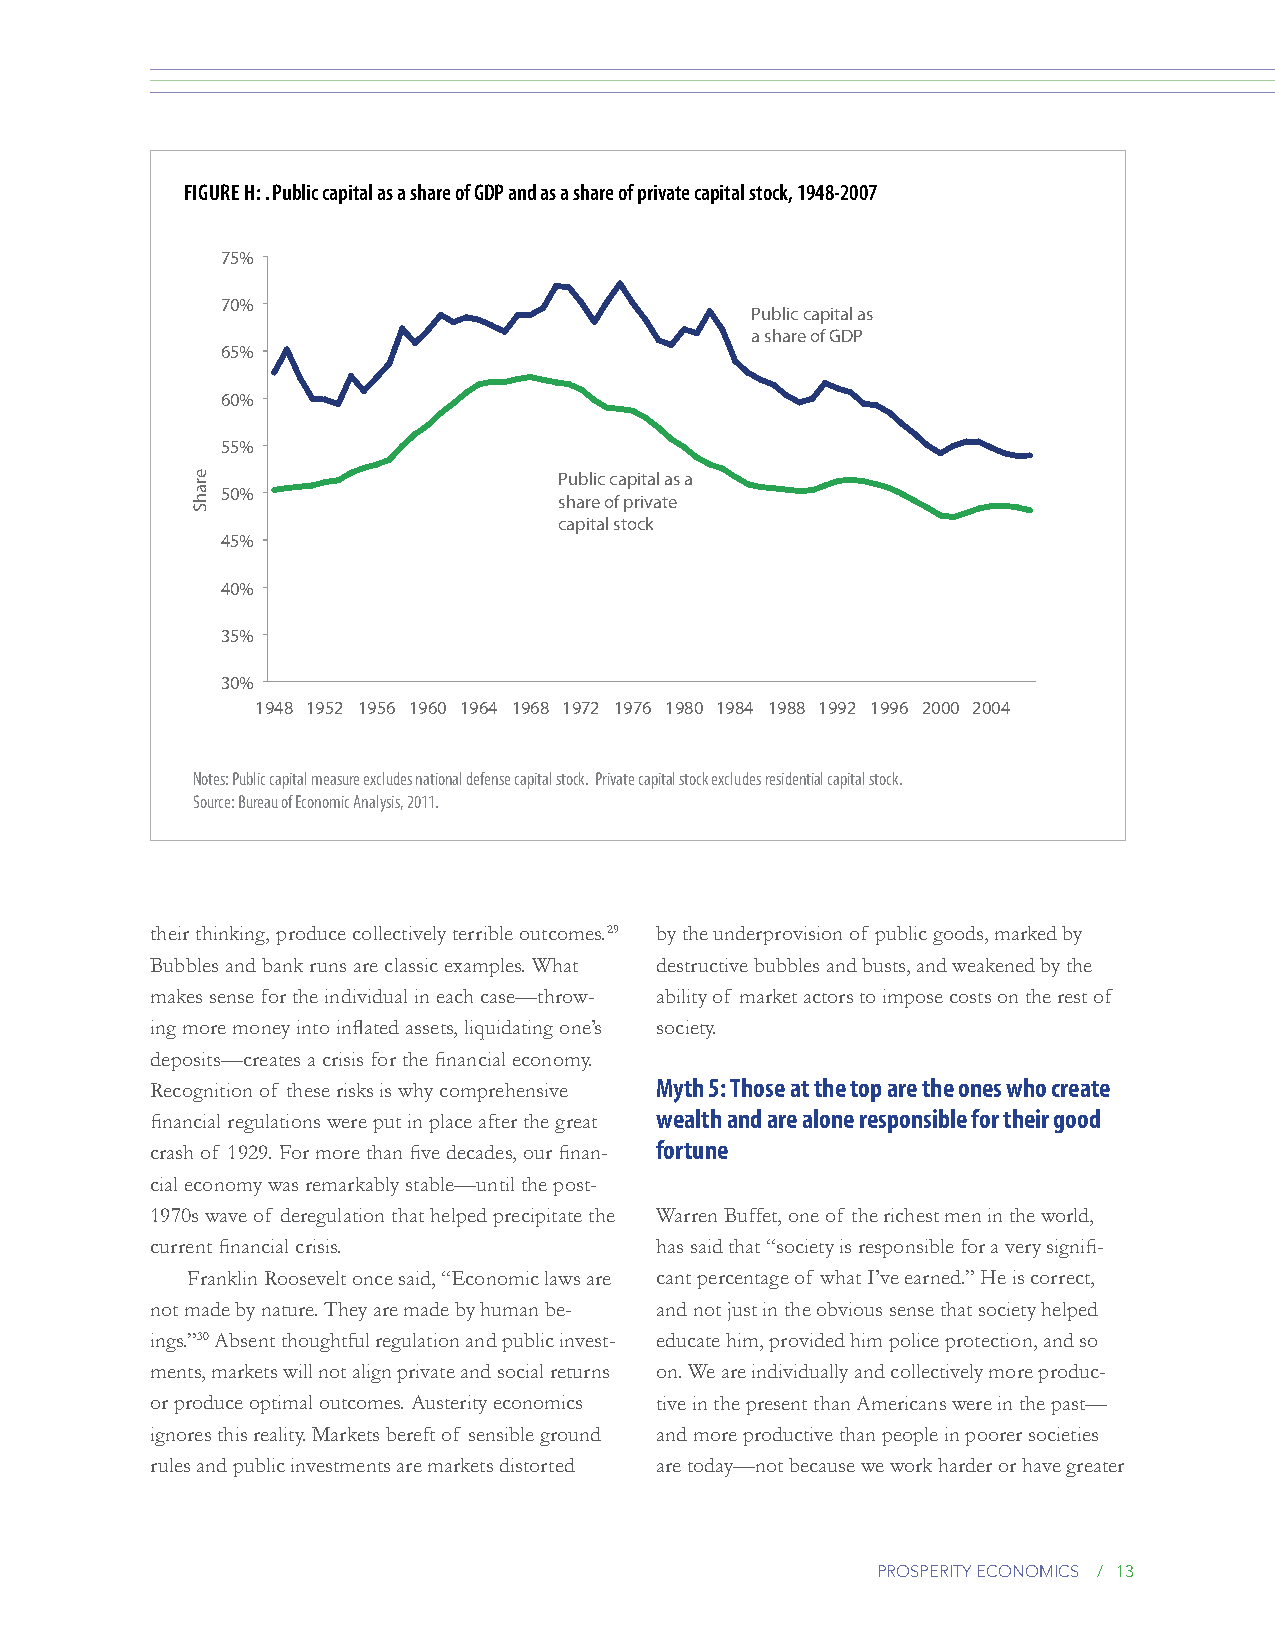
Figure H: . Public capital as a share of gDP and as a share of private capital stock, 1948-2007
 75%
 70%
 Public capital as
 a share of GDP
 65%
 60%
 55%
 Public capital as a
 50%
 share of private
 capital stock
 45%
 40%
 35%
 30%
 1948 1952 1956 1960 1964 1968 1972 1976 1980 1984 1988 1992 1996 2000 2004
 Notes: Public capital measure excludes national defense capital stock. Private capital stock excludes residential capital stock.
 Source: Bureau of Economic Analysis, 2011.
 their thinking, produce collectively terrible outcomes.29 by the underprovision of public goods, marked by
 Bubbles and bank runs are classic examples. What destructive bubbles and busts, and weakened by the
 makes sense for the individual in each case—throw- ability of market actors to impose costs on the rest of
 ing more money into inflated assets, liquidating one’s society.
 deposits—creates a crisis for the financial economy.
 Recognition of these risks is why comprehensive Myth 5: Those at the top are the ones who create
 financial regulations were put in place after the great wealth and are alone responsible for their good
 crash of 1929. For more than five decades, our finan- fortune
 cial economy was remarkably stable—until the post-
 1970s wave of deregulation that helped precipitate the Warren Buffet, one of the richest men in the world,
 current financial crisis.        has said that “society is responsible for a very signifi-
 Franklin Roosevelt once said, “Economic laws are cant percentage of what I’ve earned.” He is correct,
 not made by nature. They are made by human be- and not just in the obvious sense that society helped
 ings.”30 Absent thoughtful regulation and public invest- educate him, provided him police protection, and so
 ments, markets will not align private and social returns on. We are individually and collectively more produc-
 or produce optimal outcomes. Austerity economics tive in the present than Americans were in the past—
 ignores this reality. Markets bereft of sensible ground and more productive than people in poorer societies
 rules and public investments are markets distorted are today—not because we work harder or have greater
 prosperity economics / 13
 erahS